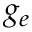
g _ { e }